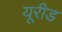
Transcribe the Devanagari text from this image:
यूरीड